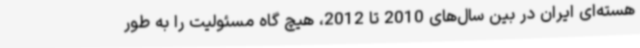
هسته‌ای ایران در بین سال‌های 2010 تا 2012، هیچ گاه مسئولیت را به طور